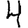
Digit: 4